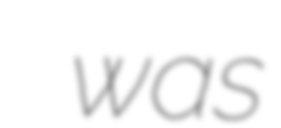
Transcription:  was